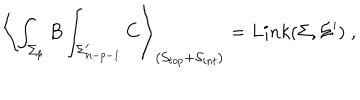
\left\langle \int _ { \Sigma _ { p } } B \int _ { \Sigma _ { n - p - 1 } ^ { \prime } } C \right\rangle _ { \left( \mathcal { S } _ { t o p } + \mathcal { S } _ { i n t } \right) } = L i n k ( \Sigma , \Sigma ^ { \prime } ) \; ,